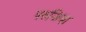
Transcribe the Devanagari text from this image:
परुजिया